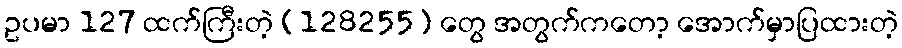
ဥပမာ 127 ထက်ကြီးတဲ့ (128255) တွေ အတွက်ကတော့ အောက်မှာပြထားတဲ့